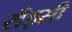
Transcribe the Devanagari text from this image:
सँड़सी